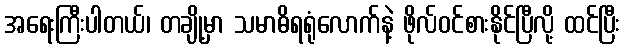
အရေးကြီးပါတယ်၊ တချို့မှာ သမာဓိရရုံလောက်နဲ့ ဖိုလ်ဝင်စားနိုင်ပြီလို့ ထင်ပြီး